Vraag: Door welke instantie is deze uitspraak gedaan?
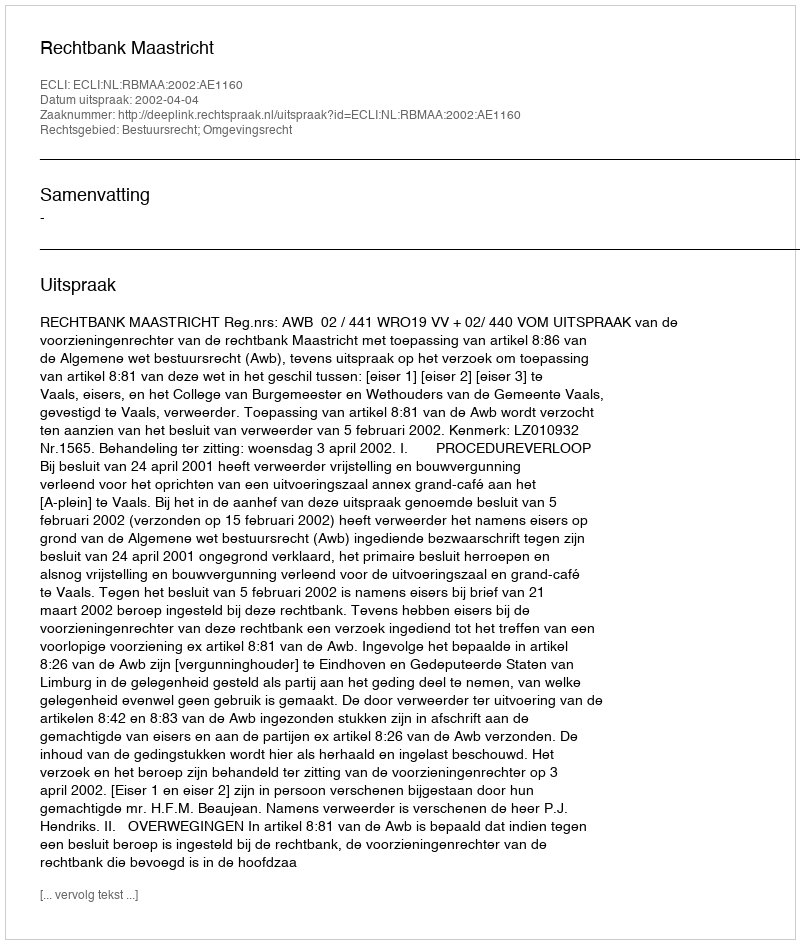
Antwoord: Rechtbank Maastricht